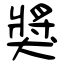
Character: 獎